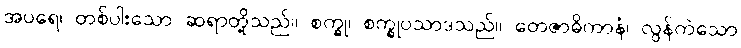
အပရေ၊ တစ်ပါးသော ဆရာတို့သည်။ စက္ခု၊ စက္ခုပသာဒသည်။ တေဇာဓိကာနံ၊ လွန်ကဲသော